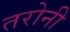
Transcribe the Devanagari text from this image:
तरोनी